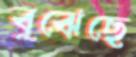
বুঝেছে